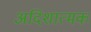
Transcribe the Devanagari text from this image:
अदिशात्मक